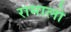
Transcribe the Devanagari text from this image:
रामालो